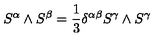
S ^ { \alpha } \wedge S ^ { \beta } = \frac 1 3 \delta ^ { \alpha \beta } S ^ { \gamma } \wedge S ^ { \gamma } \label G